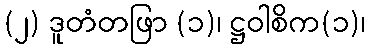
(၂) ဒူတံတဖြာ (၁)၊ ဋ္ဌဝါစိက(၁)၊